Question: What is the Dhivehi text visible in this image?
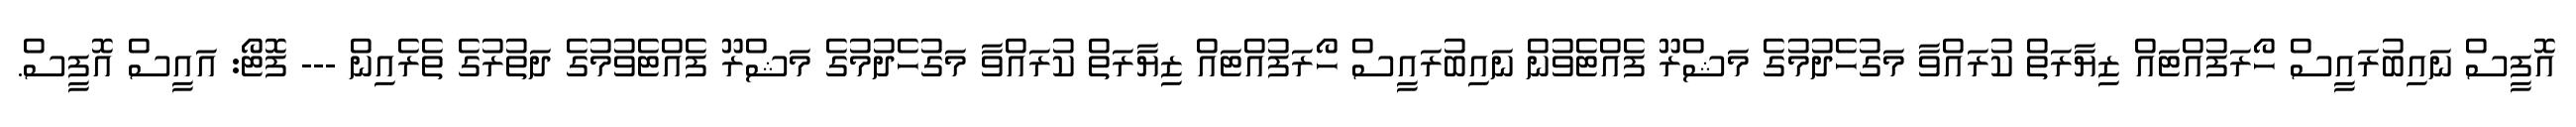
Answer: އޮފީސް ނައިބުރައީސް ހޯރަފުއްޓައް ޒިޔާރަތް ކުރައްވާ މަގުހެދުމުގެ މަޝްރޫ ފެއްޓެވުން ނައިބުރައީސް ހޯރަފުއްޓައް ޒިޔާރަތް ކުރައްވާ މަގުހެދުމުގެ މަޝްރޫ ފެއްޓެވުމުގެ ދަތުރުގެ ތެރެއިން --- ފޮޓޯ: އައީސް އޮފީސް.